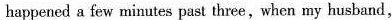
happeaed a few minutes past three,when my husband,